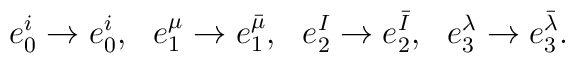
e_0^i\to e_0^i,~~e_1^{\mu}\to e_1^{\bar \mu},~~e_2^I\to e_2^{\bar I},~~e_3^{\lambda}\to e_3^{\bar\lambda}.